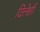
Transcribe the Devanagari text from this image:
दिलेही